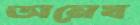
অনেষ